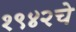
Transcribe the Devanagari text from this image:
१९४२चे